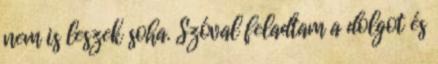
nem is leszek soha. Szóval feladtam a dolgot és